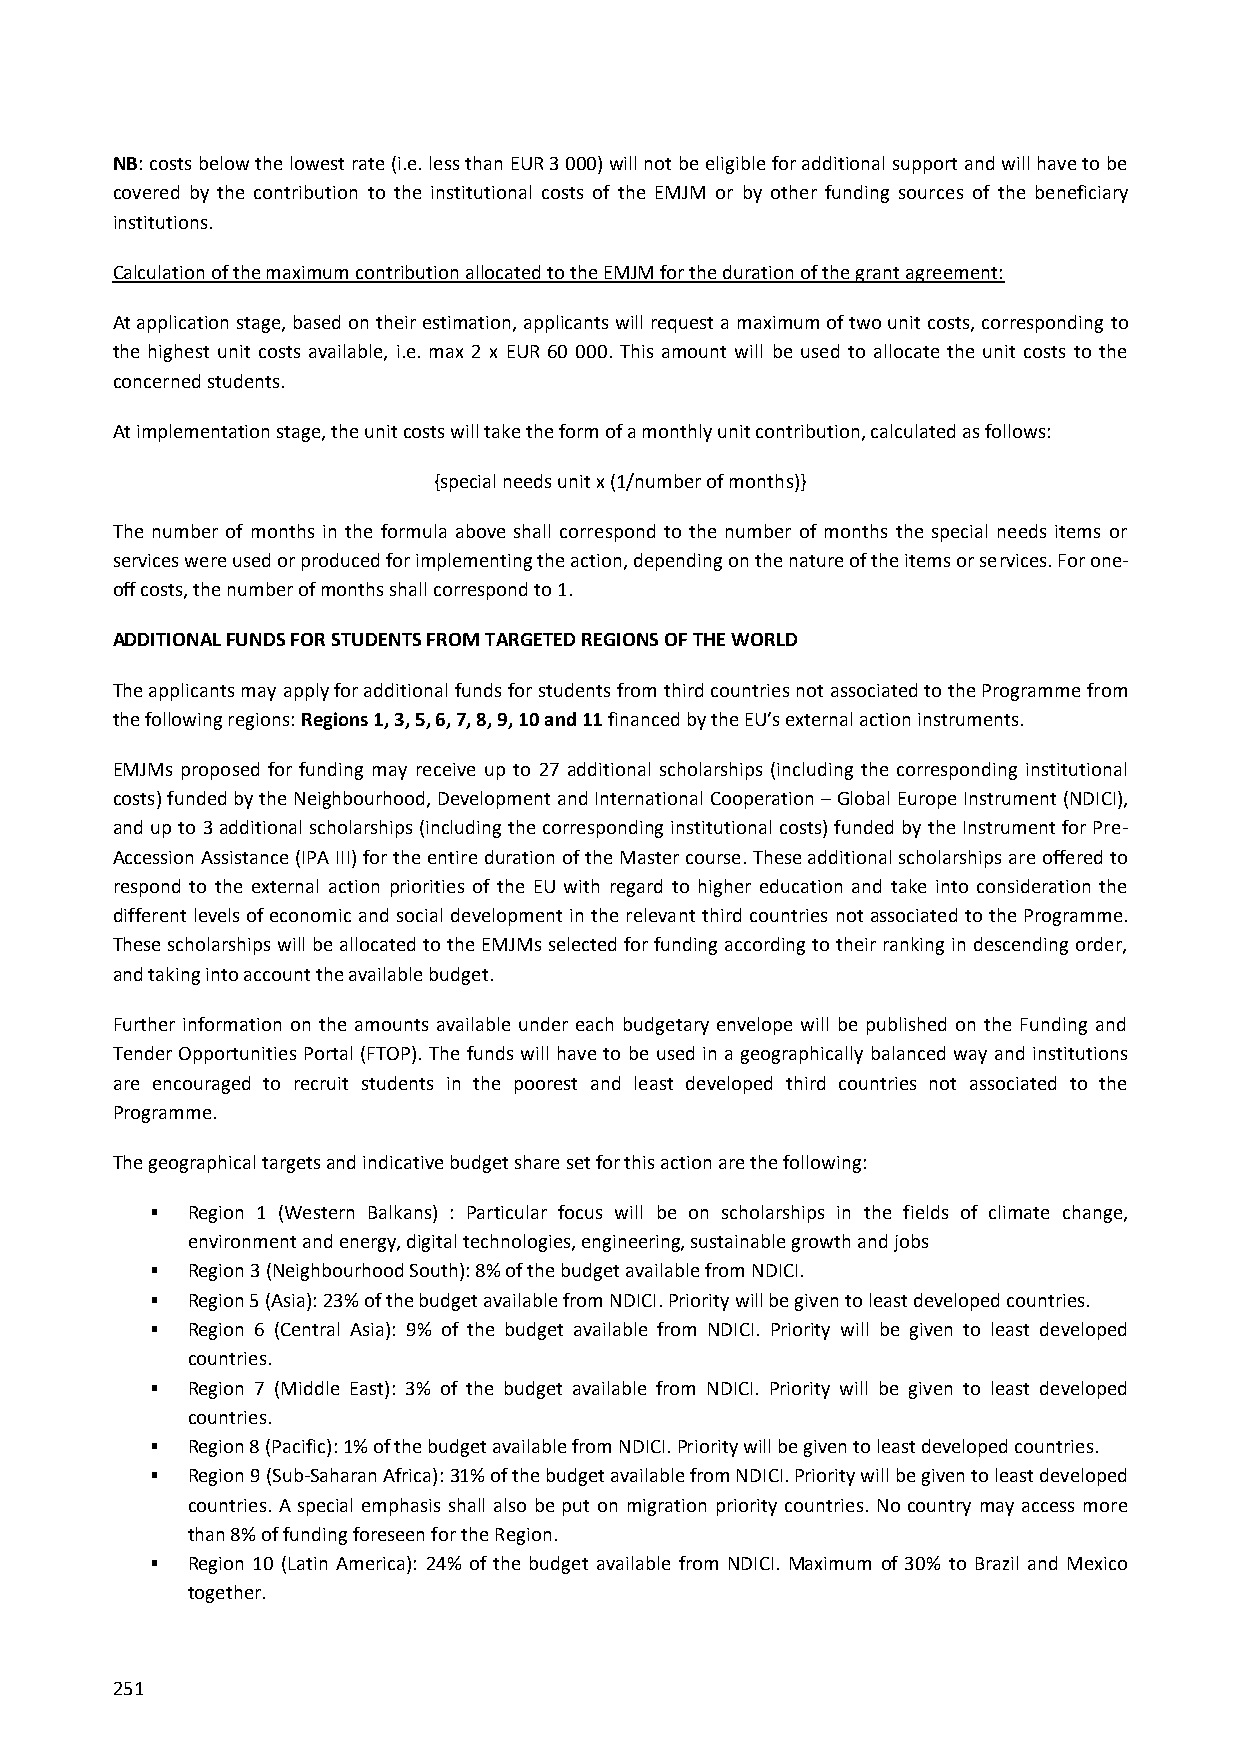
NB: costs below the lowest rate (i.e. less than EUR 3 000) will not be eligible for additional support and will have to be
 covered by the contribution to the institutional costs of the EMJM or by other funding sources of the beneficiary
 institutions.
 Calculation of the maximum contribution allocated to the EMJM for the duration of the grant agreement:
 At application stage, based on their estimation, applicants will request a maximum of two unit costs, corresponding to
 the highest unit costs available, i.e. max 2 x EUR 60 000. This amount will be used to allocate the unit costs to the
 concerned students.
 At implementation stage, the unit costs will take the form of a monthly unit contribution, calculated as follows:
 {special needs unit x (1/number of months)}
 The number of months in the formula above shall correspond to the number of months the special needs items or
 services were used or produced for implementing the action, depending on the nature of the items or services. For one-
 off costs, the number of months shall correspond to 1.
 ADDITIONAL FUNDS FOR STUDENTS FROM TARGETED REGIONS OF THE WORLD
 The applicants may apply for additional funds for students from third countries not associated to the Programme from
 the following regions: Regions 1, 3, 5, 6, 7, 8, 9, 10 and 11 financed by the EU’s external action instruments.
 EMJMs proposed for funding may receive up to 27 additional scholarships (including the corresponding institutional
 costs) funded by the Neighbourhood, Development and International Cooperation – Global Europe Instrument (NDICI),
 and up to 3 additional scholarships (including the corresponding institutional costs) funded by the Instrument for Pre-
 Accession Assistance (IPA III) for the entire duration of the Master course. These additional scholarships are offered to
 respond to the external action priorities of the EU with regard to higher education and take into consideration the
 different levels of economic and social development in the relevant third countries not associated to the Programme.
 These scholarships will be allocated to the EMJMs selected for funding according to their ranking in descending order,
 and taking into account the available budget.
 Further information on the amounts available under each budgetary envelope will be published on the Funding and
 Tender Opportunities Portal (FTOP). The funds will have to be used in a geographically balanced way and institutions
 are encouraged to recruit students in the poorest and least developed third countries not associated to the
 Programme.
 The geographical targets and indicative budget share set for this action are the following:
  Region 1 (Western Balkans) : Particular focus will be on scholarships in the fields of climate change,
 environment and energy, digital technologies, engineering, sustainable growth and jobs
  Region 3 (Neighbourhood South): 8% of the budget available from NDICI.
  Region 5 (Asia): 23% of the budget available from NDICI. Priority will be given to least developed countries.
  Region 6 (Central Asia): 9% of the budget available from NDICI. Priority will be given to least developed
 countries.
  Region 7 (Middle East): 3% of the budget available from NDICI. Priority will be given to least developed
 countries.
  Region 8 (Pacific): 1% of the budget available from NDICI. Priority will be given to least developed countries.
  Region 9 (Sub-Saharan Africa): 31% of the budget available from NDICI. Priority will be given to least developed
 countries. A special emphasis shall also be put on migration priority countries. No country may access more
 than 8% of funding foreseen for the Region.
  Region 10 (Latin America): 24% of the budget available from NDICI. Maximum of 30% to Brazil and Mexico
 together.
 251